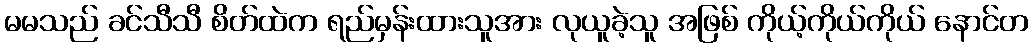
မမသည် ခင်သီသီ စိတ်ထဲက ရည်မှန်းထားသူအား လုယူခဲ့သူ အဖြစ် ကိုယ့်ကိုယ်ကိုယ် နောင်တ